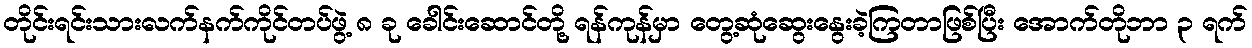
တိုင်းရင်းသားလက်နက်ကိုင်တပ်ဖွဲ့ ၈ ခု ခေါင်းဆောင်တို့ ရန်ကုန်မှာ တွေ့ဆုံဆွေးနွေးခဲ့ကြတာဖြစ်ပြီး အောက်တိုဘာ ၃ ရက်